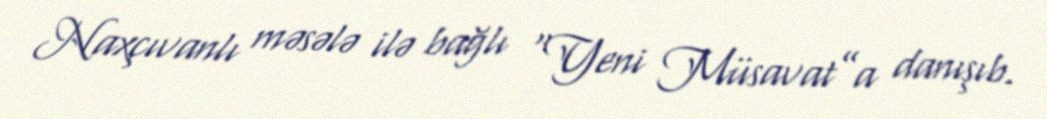
Naxçıvanlı məsələ ilə bağlı “Yeni Müsavat”a danışıb.